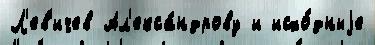
Л'ев'ичев Ал'екса́ндрову и исхо́дныjе